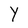
Character: Y